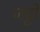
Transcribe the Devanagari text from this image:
जट्टो